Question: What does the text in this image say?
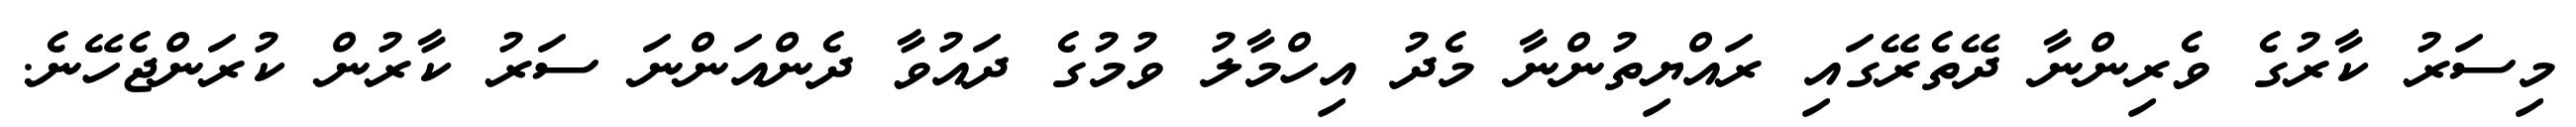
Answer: މިސަރު ކާރުގެ ވެރިންނާ ދޭތެރޭގައި ރައްޔިތުންނާ މެދު އިހްމާލު ވުމުގެ ދައުވާ ދެންއަންނަ ސަރު ކާރުން ކުރަންޖެހޭނެ.